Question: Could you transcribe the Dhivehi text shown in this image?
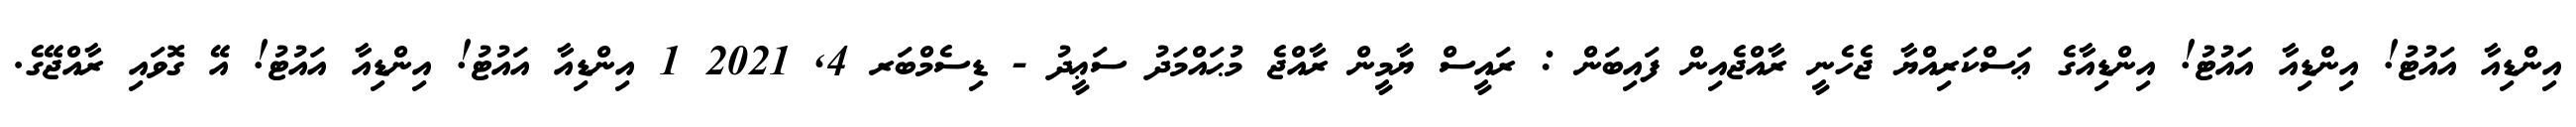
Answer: އިންޑިއާ އައުޓު! އިންޑިއާ އައުޓު! އިންޑިއާގެ ޢަސްކަރިއްޔާ ޖެހެނީ ރާއްޖެއިން ފައިބަން : ރައީސް ޔާމީން ރާއްޖެ މުޙައްމަދު ސަޢީދު - ޑިސެމްބަރ 4, 2021 1 އިންޑިއާ އައުޓު! އިންޑިއާ އައުޓު! އޭ ގޮވައި ރާއްޖޭގެ.